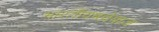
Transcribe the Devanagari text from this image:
भारतीयबल्लेबाज